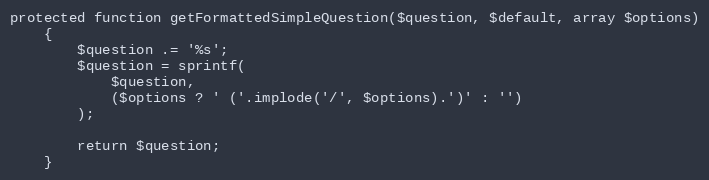
Language: PHP
protected function getFormattedSimpleQuestion($question, $default, array $options)
    {
        $question .= '%s';
        $question = sprintf(
            $question,
            ($options ? ' ('.implode('/', $options).')' : '')
        );

        return $question;
    }